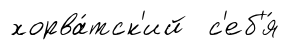
хорва́тск'ий с'еб'я́